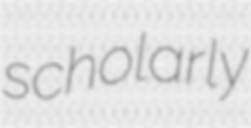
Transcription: scholarly